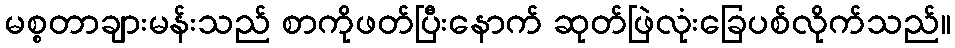
မစ္စတာချားမန်းသည် စာကိုဖတ်ပြီးနောက် ဆုတ်ဖြဲလုံးခြေပစ်လိုက်သည်။